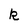
Character: k